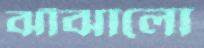
ঝাঁঝালো